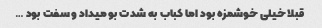
قبلا خیلی خوشمزه بود اما کباب به شدت بو میداد و سفت بود …